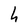
Character: h